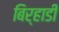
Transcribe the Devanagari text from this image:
बिर्‍हाडी